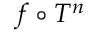
f \circ T ^ { n }